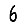
Digit: 6